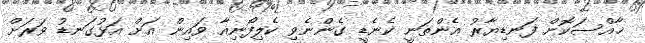
ޚާއްސަކޮށް ފަނޑިޔާރު އެންތަނީ ކެނެޑީ ގެންނެވި ކެލިފޯނިއާ ވައިން އަށް އަޅުގަނޑު ވަރަށް